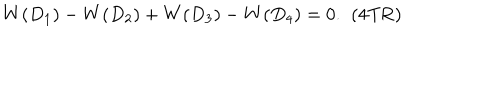
W ( D _ { 1 } ) - W ( D _ { 2 } ) + W ( D _ { 3 } ) - W ( D _ { 4 } ) = 0 . \; \; \mathrm { ( 4 T R ) }